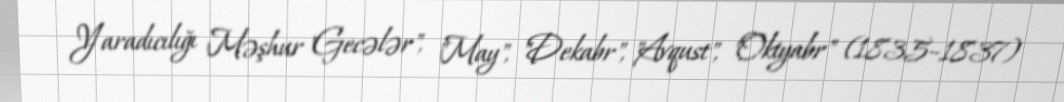
Yaradıcılığı Məşhur "Gecələr", "May", "Dekabr", "Avqust", "Oktyabr" (1835–1837)